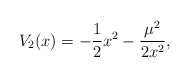
\begin{align*}V_{2}(x)=-{\frac{1}{2}}x^{2}-{\frac{\mu^{2}}{2x^{2}}},\end{align*}